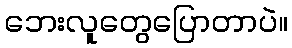
ဘေးလူတွေပြောတာပဲ။